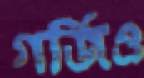
গর্জিও